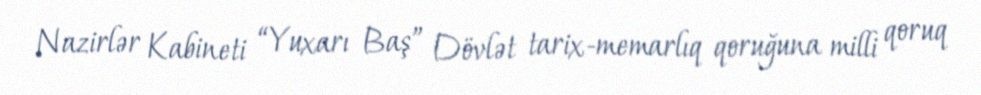
Nazirlər Kabineti “Yuxarı Baş” Dövlət tarix-memarlıq qoruğuna milli qoruq